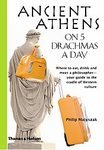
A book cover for Ancient Athens on 5 Drachmas a Day (Traveling on 5) [Paperback]; Philip Matyszak (Author); Travel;